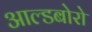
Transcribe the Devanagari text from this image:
आल्डबोरो